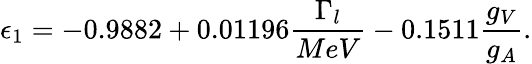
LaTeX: \epsilon_{1}=-0.9882+0.01196\frac{\Gamma_{l}}{MeV}-0.1511\frac{g_{V}}{g_{A}}.